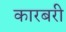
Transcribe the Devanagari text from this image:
कारबरी